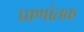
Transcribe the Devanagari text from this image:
प्राणांतक